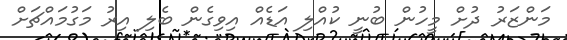
މަންޒަރު ދުށް މީހުން ބުނީ ކުއްލި އަޑެއް އިވިގެން ބެލި އިރު މަގުމައްޗަށް